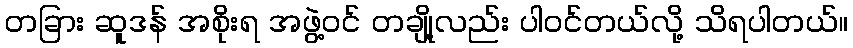
တခြား ဆူဒန် အစိုးရ အဖွဲ့ဝင် တချို့လည်း ပါဝင်တယ်လို့ သိရပါတယ်။